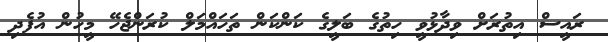
ރައީސް އިތުރަށް ވިދާޅުވީ ހިތުގެ ބަލީގެ ކަންކަން ތަހައްމަލް ކުރަންޖެހޭ މީހުން އުފެދި